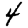
Digit: 4